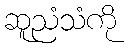
ဆူညံသံကို